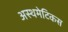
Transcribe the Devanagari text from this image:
अस्थमेटिकस